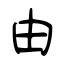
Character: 由